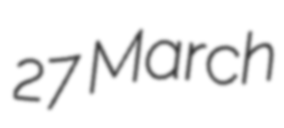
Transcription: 27 March